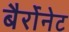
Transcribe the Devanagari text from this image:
बैर्रोनेट